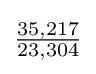
{\tfrac {35,217}{23,304}}